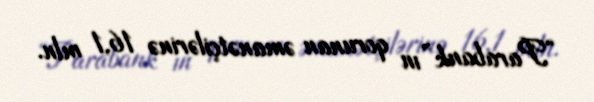
“Parabank”ın qorunan əmanətçilərinə 16,1 mln.